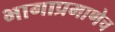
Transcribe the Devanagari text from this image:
भागाप्रमाणेच